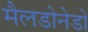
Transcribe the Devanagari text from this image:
मैलडोनेडो